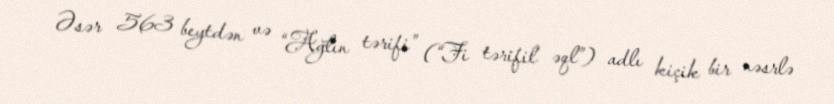
Əsər 563 beytdən və “Ağlın tərifi” (“Fi tərifil əql”) adlı kiçik bir nəsrlə